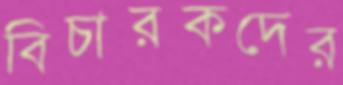
বিচারকদের